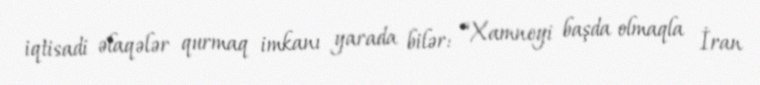
iqtisadi əlaqələr qurmaq imkanı yarada bilər: “Xamneyi başda olmaqla İran